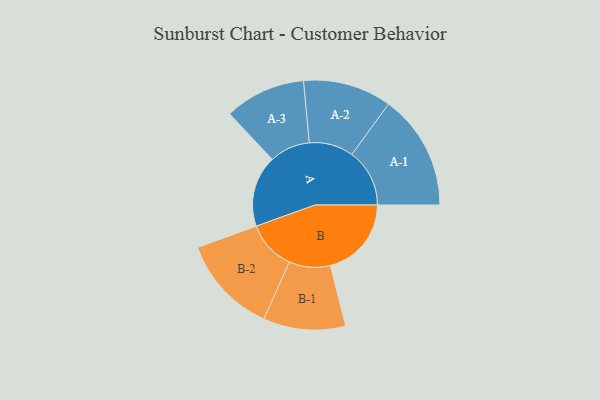
{"axis": {"x": "Segment", "y": "Value"}, "legend": ["", "A", "B"], "data": [{"x": "A", "y": 361, "type": ""}, {"x": "B", "y": 410, "type": ""}, {"x": "A-1", "y": 292, "type": "A"}, {"x": "A-2", "y": 224, "type": "A"}, {"x": "A-3", "y": 205, "type": "A"}, {"x": "B-1", "y": 208, "type": "B"}, {"x": "B-2", "y": 249, "type": "B"}]}